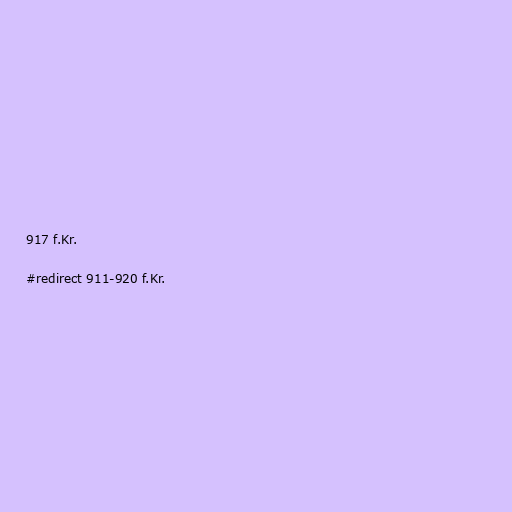
917 f.Kr.

#redirect 911-920 f.Kr.